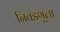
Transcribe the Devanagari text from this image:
निवडणुला